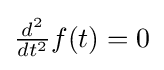
{\textstyle {\frac {d^{2}}{dt^{2}}}f(t)=0}